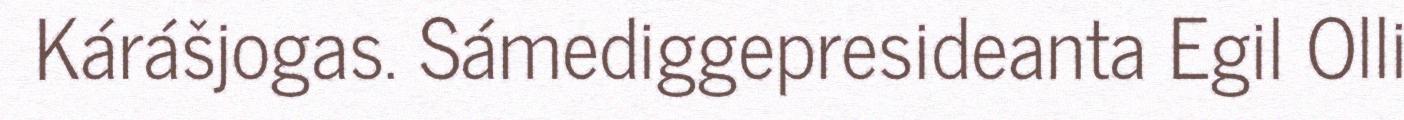
Kárášjogas. Sámediggepresideanta Egil Olli